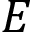
E